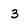
Character: 3